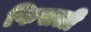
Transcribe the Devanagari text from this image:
फिसली